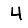
Digit: 4